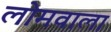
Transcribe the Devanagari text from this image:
लोमवाला